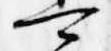
可